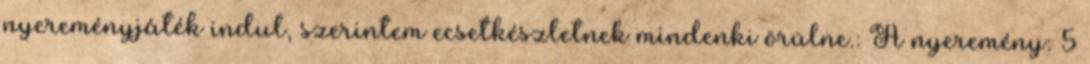
nyereményjáték indul, szerintem ecsetkészletnek mindenki örülne.: A nyeremény: 5